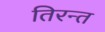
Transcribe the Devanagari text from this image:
तिरन्त